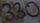
Text: 330